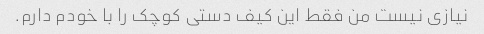
نیازی نیست من فقط این کیف دستی کوچک را با خودم دارم.